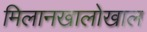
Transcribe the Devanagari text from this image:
मिलानखालोखाल